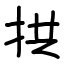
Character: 拱